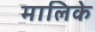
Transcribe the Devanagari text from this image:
मालिके